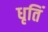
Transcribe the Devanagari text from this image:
धृतिं